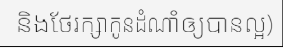
និងថែរក្សាកូនដំណាំឲ្យបានល្អ)